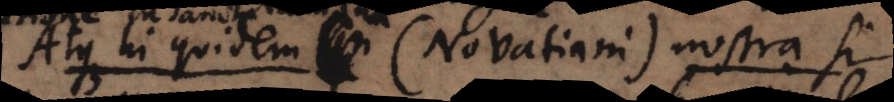
Atque hi quidem (Novatiani) nostra si